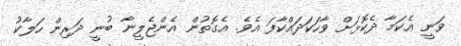
ވަނީ އެކަމާ ދެކޮޅަށް ވާހަކަދައްކާފަ އެވެ. އެގޮތުން އެންޖެލީނާ ބުނީ ދަރިން ހަލާކު